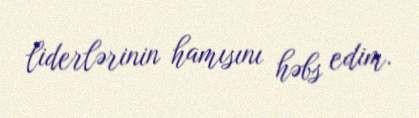
liderlərinin hamısını həbs edim.